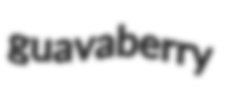
guavaberry